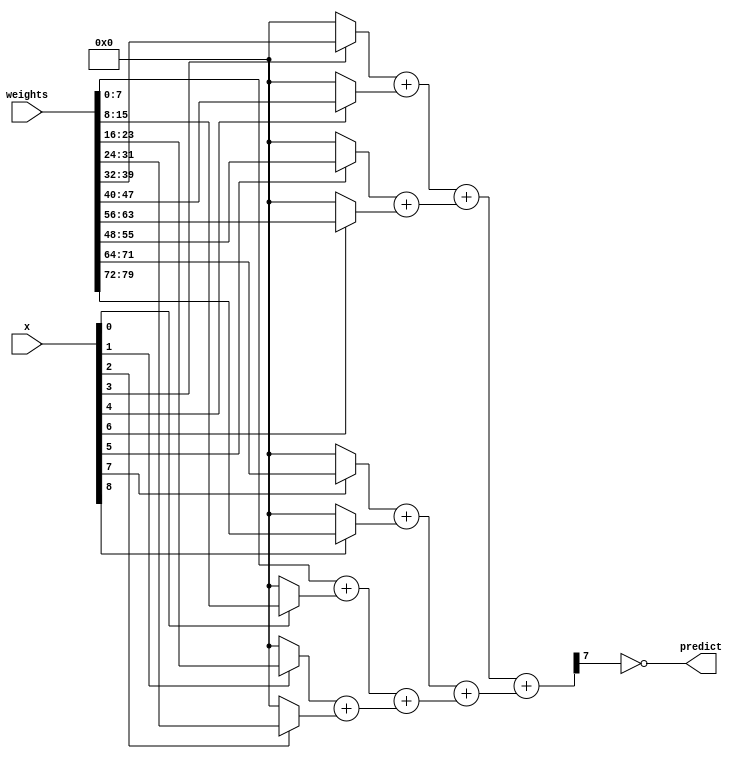

module neuron
(
    input [8:0] x,
    input [79:0] weights,
    output predict
);
    wire [7:0] bias = weights[7:0];
    wire [7:0] w [8:0];
    assign w[0] = weights[15:8];
    assign w[1] = weights[23:16];
    assign w[2] = weights[31:24];
    assign w[3] = weights[39:32];
    assign w[4] = weights[47:40];
    assign w[5] = weights[55:48];
    assign w[6] = weights[63:56];
    assign w[7] = weights[71:64];
    assign w[8] = weights[79:72];
    
    wire [7:0] predict_000 = bias + (x[0] ? w[0] : 8'h00);
    wire [7:0] predict_001 = (x[1] ? w[1] : 8'h00) + (x[2] ? w[2] : 8'h00);
    wire [7:0] predict_002 = (x[3] ? w[3] : 8'h00) + (x[4] ? w[4] : 8'h00);
    wire [7:0] predict_003 = (x[5] ? w[5] : 8'h00) + (x[6] ? w[6] : 8'h00);
    wire [7:0] predict_004 = (x[7] ? w[7] : 8'h00) + (x[8] ? w[8] : 8'h00);
    wire [7:0] predict_005 = predict_000 + predict_001;
    wire [7:0] predict_006 = predict_002 + predict_003;
    wire [7:0] predict_007 = predict_004 + predict_005;
    wire [7:0] predict_008 = predict_006 + predict_007;
    assign predict = predict_008[7] == 0;


endmodule